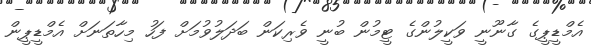
އެމްޑީޕީގެ ގާނޫނީ ވަކީލުންގެ ޓީމުން ބުނީ ވެރިކަން ބަދަލުވުމަށް ފަހު މިހާތަނަށް އެމްޑީޕީން